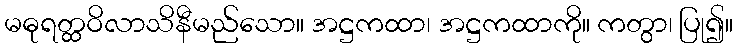
မဓုရတ္ထဝိလာသိနီမည်သော။ အဋ္ဌကထာ၊ အဋ္ဌကထာကို။ ကတွာ၊ ပြု၍။